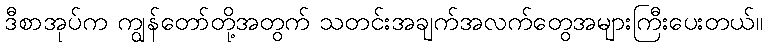
ဒီစာအုပ်က ကျွန်တော်တို့အတွက် သတင်းအချက်အလက်တွေအများကြီးပေးတယ်။